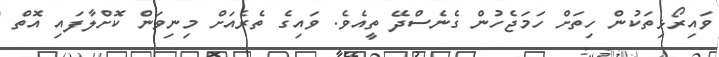
ވައިރޯޅިތަކުން ހިތަށް ހަމަޖެހުން ގެނެސްދޭ ތީއެވެ. ވައިގެ ތެރެއަށް މިނިވަން ކޮށްލާފައި އޮތް